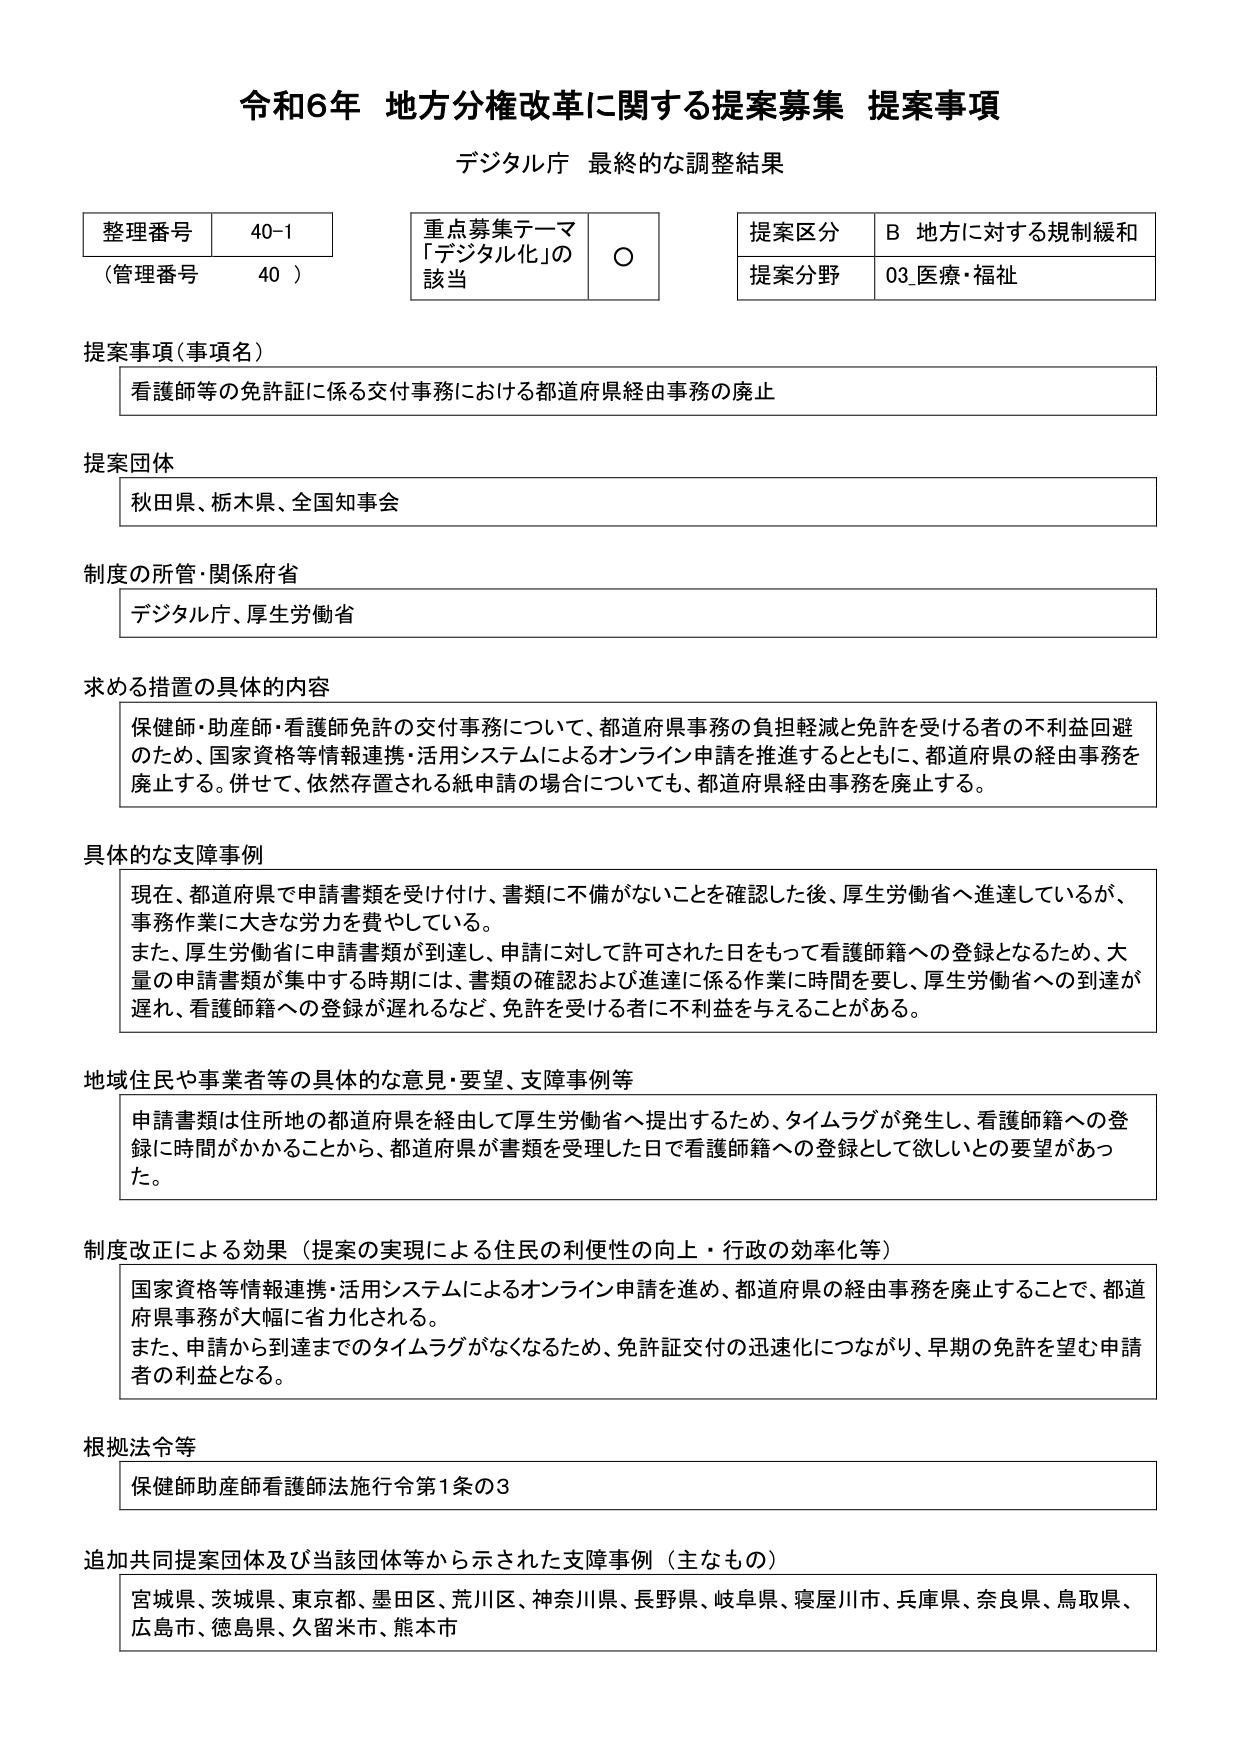
令和6年 地方分権改革に関する提案募集 提案事項
デジタル庁 最終的な調整結果

整理番号 40-1
（管理番号 40）

重点募集テーマ
「デジタル化」の該当 ○

提案区分 B 地方に対する規制緩和
提案分野 03 医療・福祉

提案事項（事項名）
看護師等の免許証に係る交付事務における都道府県経由事務の廃止

提案団体
秋田県、栃木県、全国知事会

制度の所管・関係府省
デジタル庁、厚生労働省

求める措置の具体的内容
保健師・助産師・看護師免許の交付事務について、都道府県事務の負担軽減と免許を受ける者の不利益回避のため、国家資格等情報連携・活用システムによるオンライン申請を推進するとともに、都道府県の経由事務を廃止する。併せて、依然存置される紙申請の場合についても、都道府県経由事務を廃止する。

具体的な支障事例
現在、都道府県で申請書類を受け付け、書類に不備がないことを確認した後、厚生労働省へ進達しているが、事務作業に大きな労力を費やしている。
また、厚生労働省に申請書類が到達し、申請に対して許可された日をもって看護師籍への登録となるため、大量の申請書類が集中する時期には、書類の確認および進達に係る作業に時間を要し、厚生労働省への到達が遅れ、看護師籍への登録が遅れるなど、免許を受ける者に不利益を与えることがある。

地域住民や事業者等の具体的な意見・要望、支障事例等
申請書類は住所地の都道府県を経由して厚生労働省へ提出するため、タイムラグが発生し、看護師籍への登録に時間がかかることから、都道府県が書類を受理した日で看護師籍への登録として欲しいとの要望があった。

制度改正による効果（提案の実現による住民の利便性の向上・行政の効率化等）
国家資格等情報連携・活用システムによるオンライン申請を進め、都道府県の経由事務を廃止することで、都道府県事務が大幅に省力化される。
また、申請から到達までのタイムラグがなくなるため、免許証交付の迅速化につながり、早期の免許を望む申請者の利益となる。

根拠法令等
保健師助産師看護師法施行令第1条の3

追加共同提案団体及び当該団体等から示された支障事例（主なもの）
宮城県、茨城県、東京都、墨田区、荒川区、神奈川県、長野県、岐阜県、寝屋川市、兵庫県、奈良県、鳥取県、広島市、徳島県、久留米市、熊本市